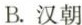
B.汉朝